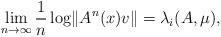
LaTeX: \begin{align*}\lim_{ n\to \infty} \frac 1 n\log \lVert A^n(x)v\rVert=\lambda_i(A,\mu), \end{align*}